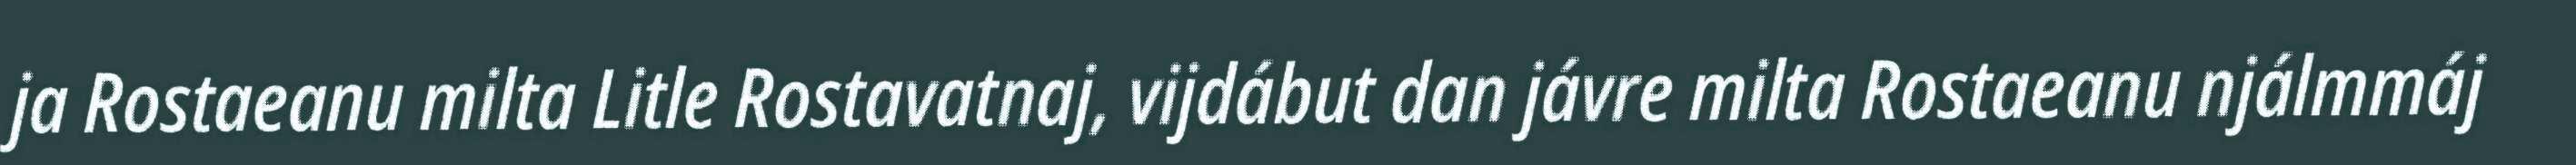
ja Rostaeanu milta Litle Rostavatnaj, vijdábut dan jávre milta Rostaeanu njálmmáj